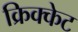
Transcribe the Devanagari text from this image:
क्रिक्केट